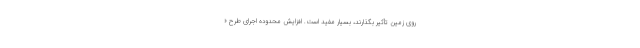
روی زمین تأثیر بگذارند، بسیار مفید است. افزایش محدوده اجرای طرح «